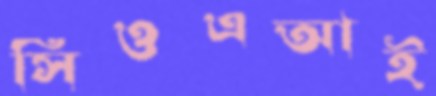
সিওএআই